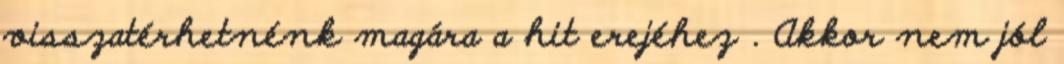
visszatérhetnénk magára a hit erejéhez . Akkor nem jól